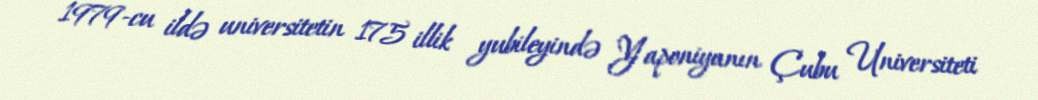
1979-cu ildə universitetin 175 illik yubileyində Yaponiyanın Çubu Universiteti